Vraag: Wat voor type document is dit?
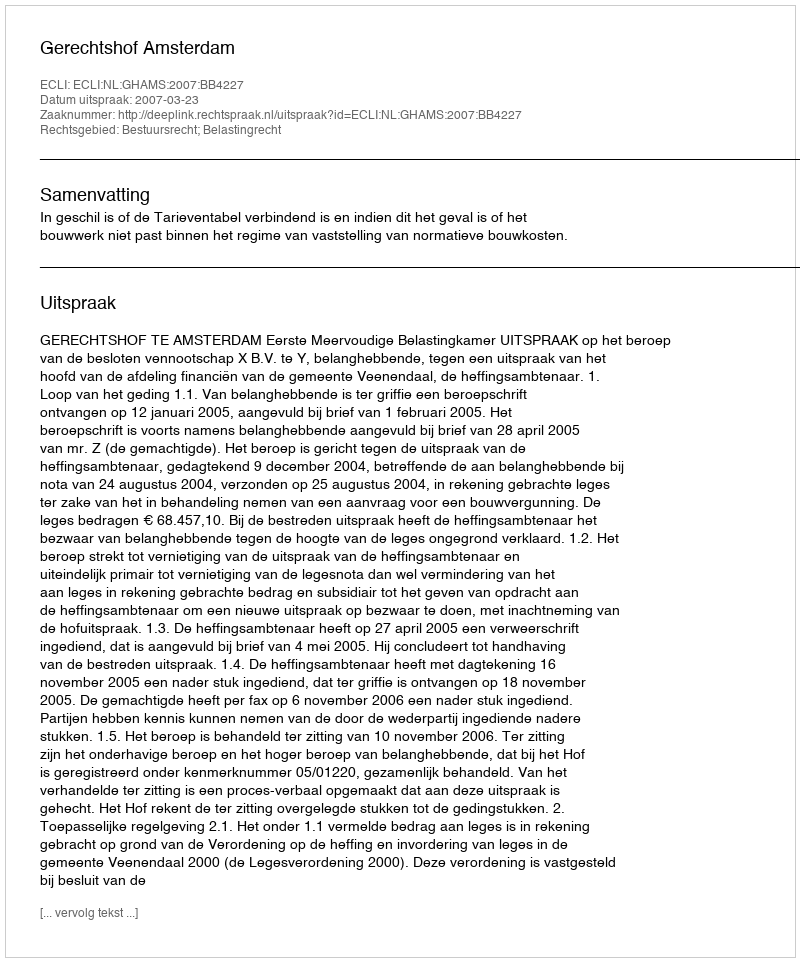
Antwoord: Uitspraak